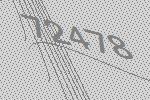
72478